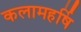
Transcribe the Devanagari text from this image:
कलामहर्षि